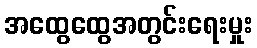
အထွေထွေအတွင်းရေးမှုး